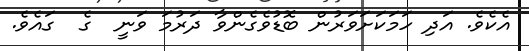
އެކެވެ. އަދި ހަމަކަށަވަރުން ބޮޑުވެގެންވާ ދަރުމަ ވަނީ  ގެ  ގައެވެ.